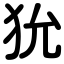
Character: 狁